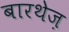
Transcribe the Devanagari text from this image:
बारथेज़